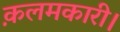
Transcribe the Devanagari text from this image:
क़लमकारी।